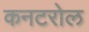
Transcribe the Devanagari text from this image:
कनटरोल